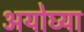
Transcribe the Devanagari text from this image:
अयोघ्या